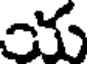
య